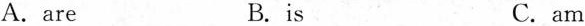
A.are B.is C. am